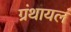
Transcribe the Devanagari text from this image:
ग्रंथायलं